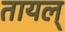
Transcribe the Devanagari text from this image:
तायल्